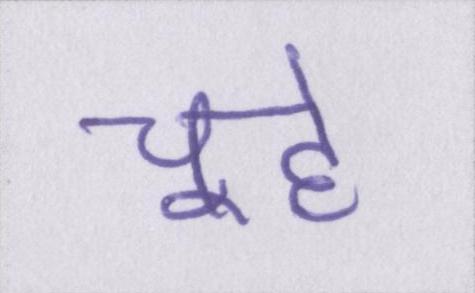
चूहे